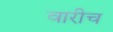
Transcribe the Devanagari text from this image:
वारीच